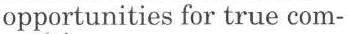
opportunities for true com-